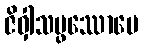
ဇိဝှါသမ္ဖဿောပေ